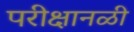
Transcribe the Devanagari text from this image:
परीक्षानळी